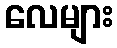
လေများ